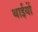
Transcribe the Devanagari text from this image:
थाईयों